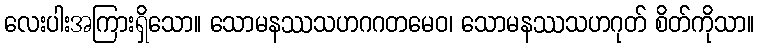
လေးပါးအကြားရှိသော။ သောမနဿသဟဂဂတမေဝ၊ သောမနဿသဟဂုတ် စိတ်ကိုသာ။